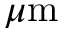
\mu \mathrm { m }